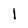
Character: 1